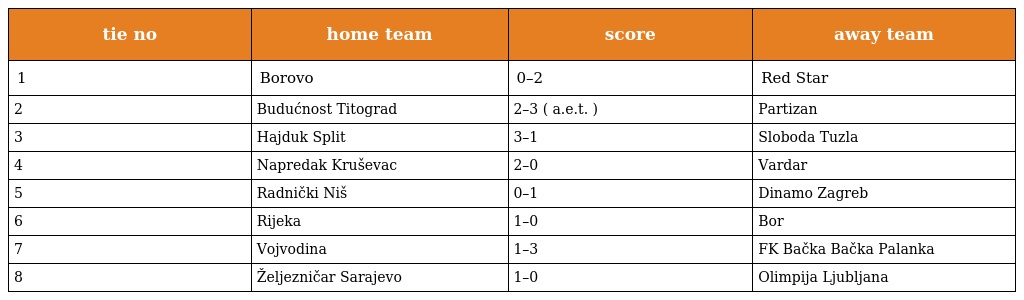
| tie no | home team | score | away team |
 | --- | --- | --- | --- |
 | 1 | Borovo | 0–2 | Red Star |
 | 2 | Budućnost Titograd | 2–3 ( a.e.t. ) | Partizan |
 | 3 | Hajduk Split | 3–1 | Sloboda Tuzla |
 | 4 | Napredak Kruševac | 2–0 | Vardar |
 | 5 | Radnički Niš | 0–1 | Dinamo Zagreb |
 | 6 | Rijeka | 1–0 | Bor |
 | 7 | Vojvodina | 1–3 | FK Bačka Bačka Palanka |
 | 8 | Željezničar Sarajevo | 1–0 | Olimpija Ljubljana |